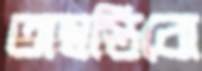
অস্বস্তিবো